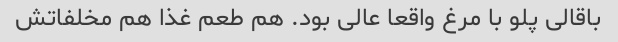
باقالی پلو با مرغ واقعا عالی بود. هم طعم غذا هم مخلفاتش